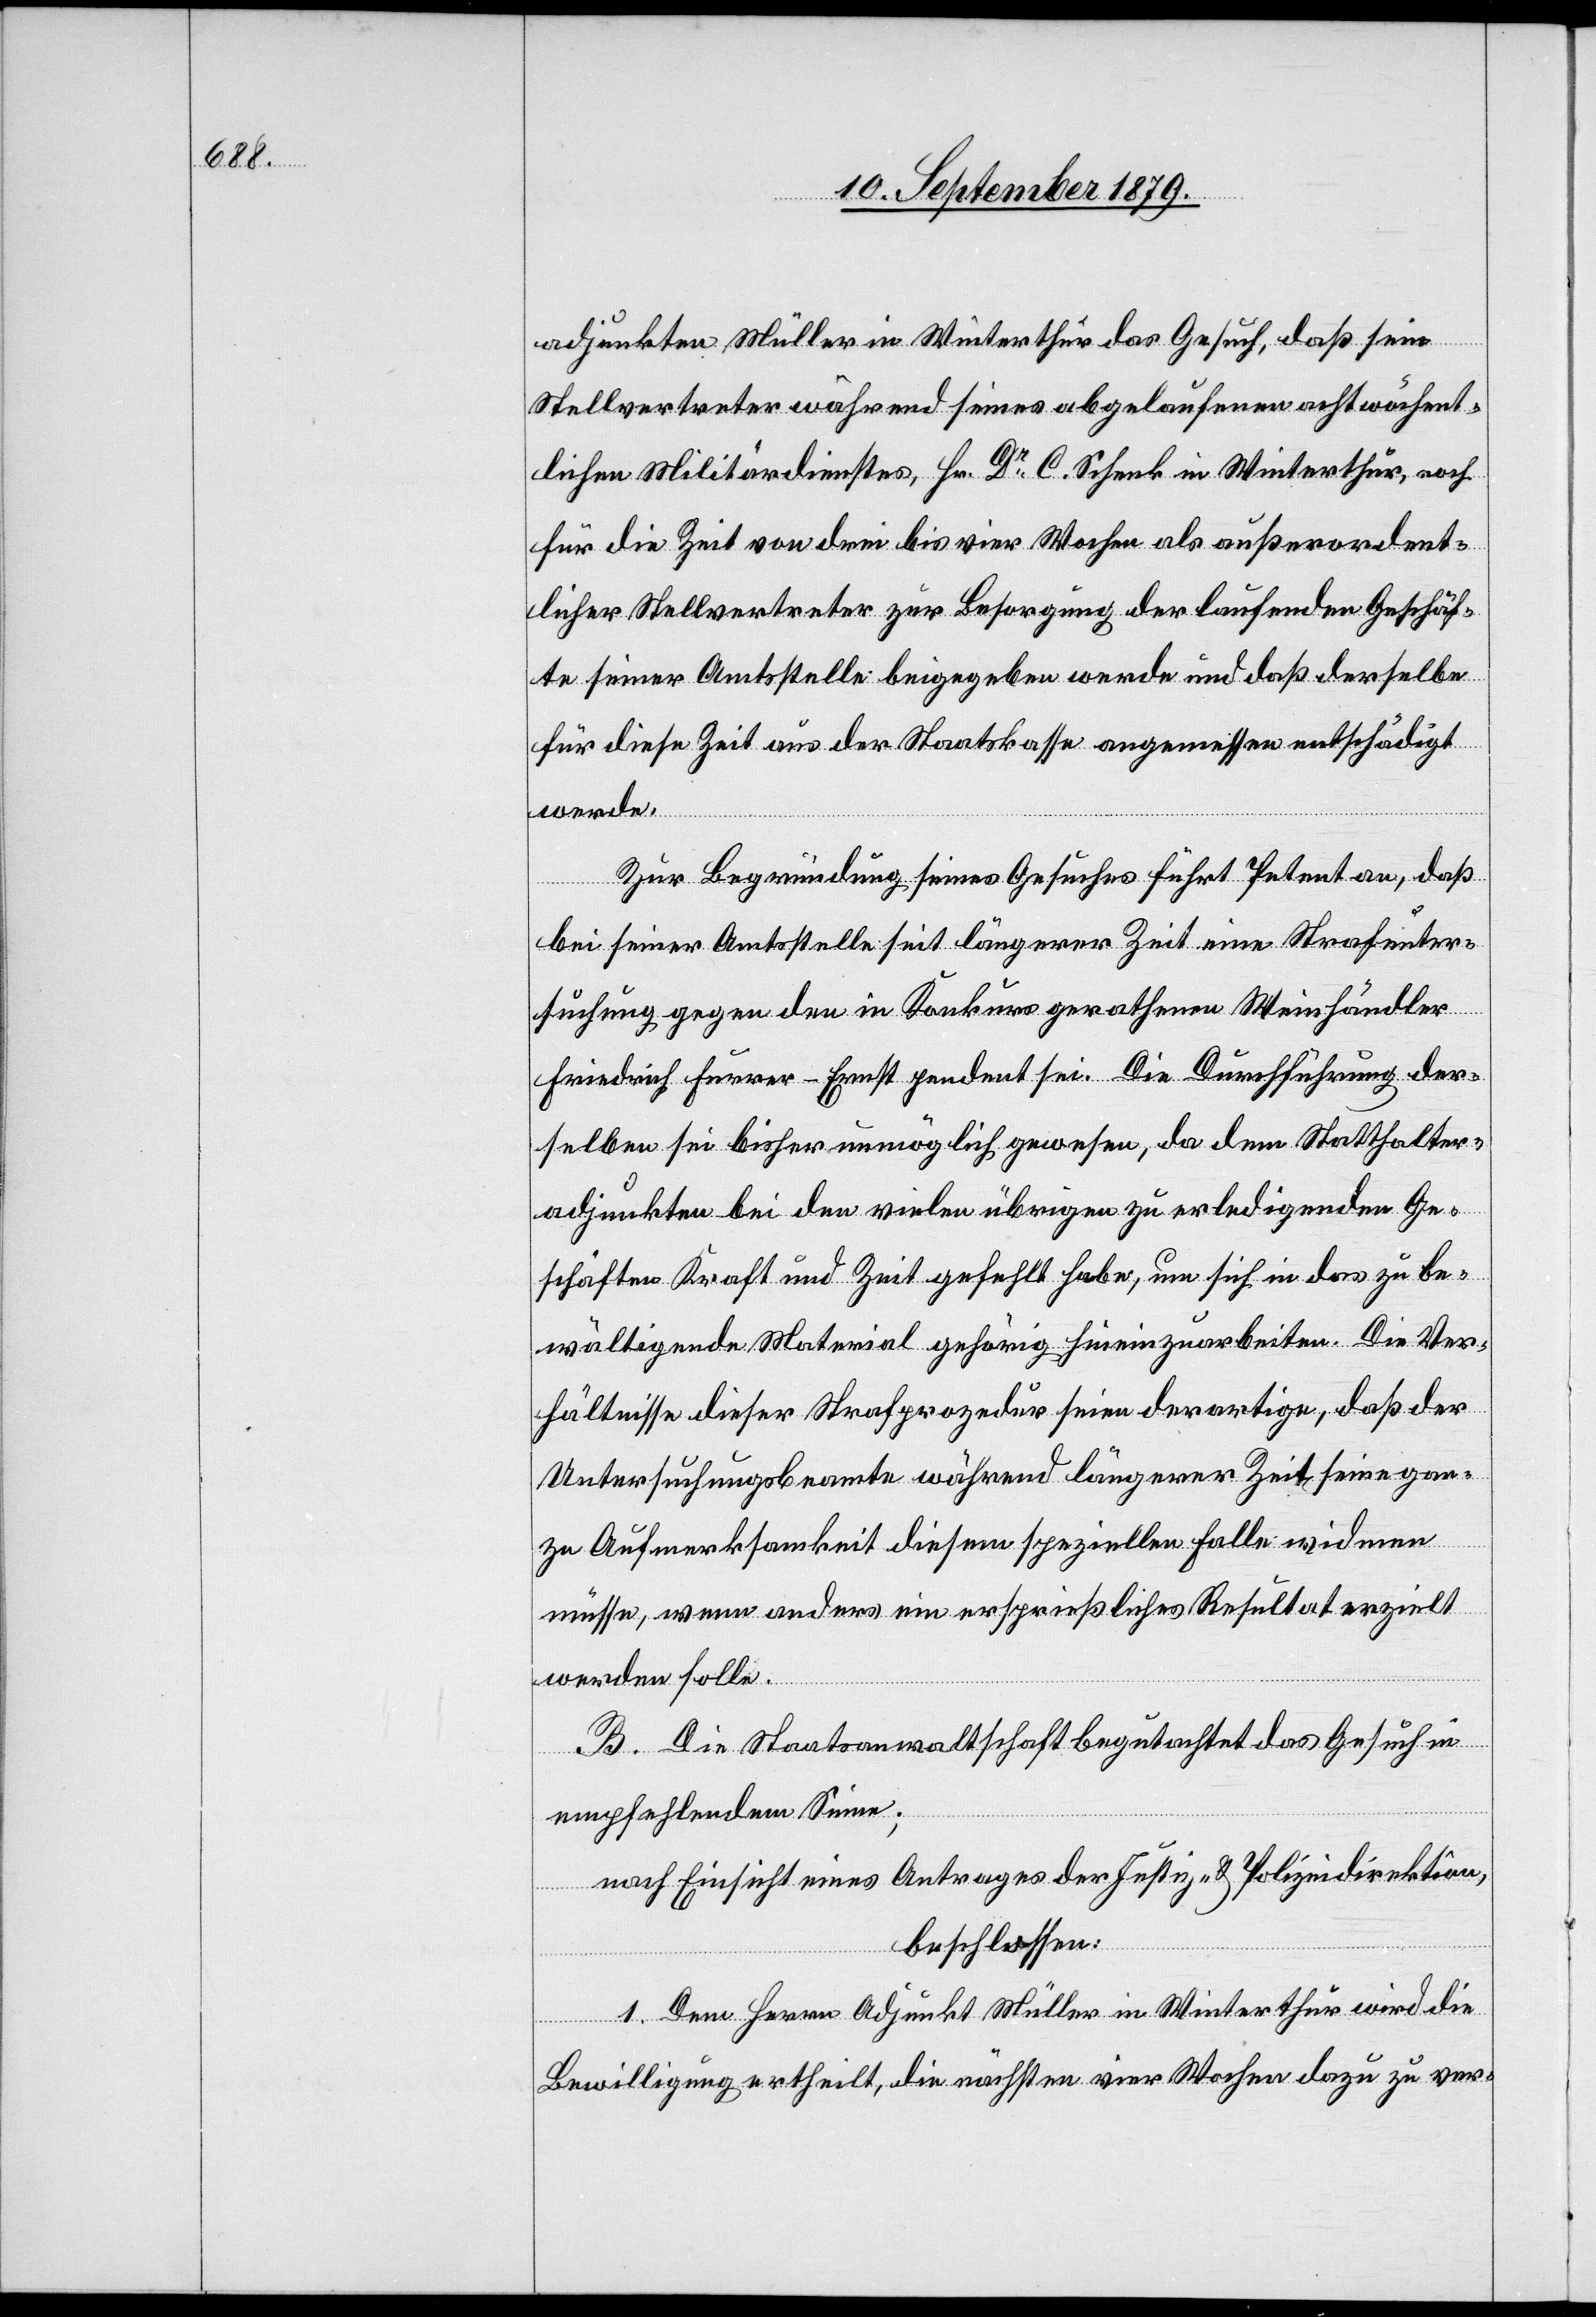
adjunkten [sic!] Müller in Winterthur das Gesuch, daß sein
Stellvertreter während seines abgelaufenen achtwöchent¬
lichen Militärdienstes, Hr. Dr Schenk in Winterthur, noch
für die Zeit von drei bis vier Wochen als außerordent¬
licher Stellvertreter zur Besorgung der laufenden Geschäf¬
te seiner Amtsstelle beigegeben werde und daß derselbe
für diese Zeit aus der Staatskasse angemessen entschädigt
werde.
Zur Begründung seines Gesuches führt Petent an, daß
bei seiner Amtsstelle seit längerer Zeit eine Strafunter¬
suchung gegen den in Konkurs gerathenen Weinhändler
Friedrich Furrer-Ernst pendent sei. Die Durchführung der¬
selben sei bisher unmöglich gewesen, da dem Statthalter¬
adjunkten bei den vielen übrigen zu erledigenden Ge¬
schäften Kraft und Zeit gefehlt habe, um sich in das zu be¬
wältigende Material gehörig hineinzuarbeiten. Die Ver¬
hältnisse dieser Strafprozedur seien derartige, daß der
Untersuchungsbeamte während längerer Zeit seine gan¬
ze Aufmerksamkeit diesem speziellen Falle widmen
müsse, wenn anders ein ersprießliches Resultat erzielt
werden solle.
B. Die Staatsanwaltschaft begutachtet das Gesuch in
empfehlendem Sinne;
nach Einsicht eines Antrages der Justiz- & Polizeidirektion,
beschlossen:
1. Dem Herrn Adjunkt Müller in Winterthur wird die
Bewilligung ertheilt, die nächsten vier Wochen dazu zu ver-